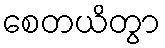
စေတယိတွာ